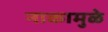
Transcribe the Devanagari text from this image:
नाकामुळे